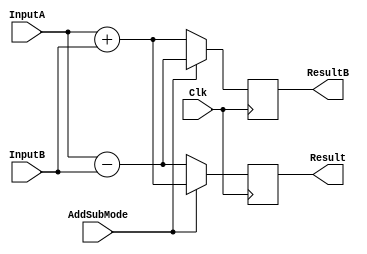
`timescale 1ns / 1ps
`ifndef LIB_STYCZYNSKI_SIGN_ADD_SUB_V
`define LIB_STYCZYNSKI_SIGN_ADD_SUB_V

/*
 * Piotr Styczyski @styczynski
 * Verilog Components Library
 *
 * Adder/substractor for signed operations
 * 
 *
 * MIT License
 */
module SignAddSub
#(
	parameter INPUT_BIT_WIDTH = 8
)
(
    input Clk,
    input [INPUT_BIT_WIDTH-1:0] InputA,
	input [INPUT_BIT_WIDTH-1:0] InputB,
	input wire AddSubMode,
	output reg [INPUT_BIT_WIDTH-1:0] Result,
    output reg [INPUT_BIT_WIDTH-1:0] ResultB
);

    always @(posedge Clk)
	begin
		if(AddSubMode)
            begin
                Result <= InputA + InputB;
                ResultB <= InputA - InputB;
            end
		else
            begin
                Result <= InputA - InputB;
                ResultB <= InputA + InputB;
            end
	end

endmodule

`endif